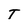
Character: T